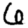
Digit: 6